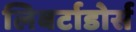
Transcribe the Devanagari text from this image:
लिबर्टाडोर्स